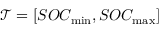
\mathcal { T } = [ S O C _ { \operatorname* { m i n } } , S O C _ { \operatorname* { m a x } } ]